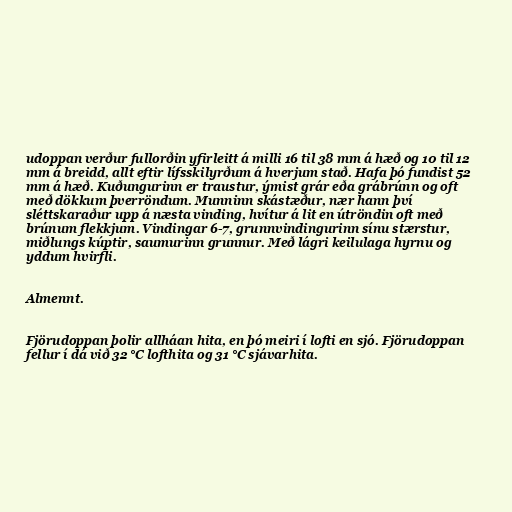
udoppan verður fullorðin yfirleitt á milli 16 til 38 mm á hæð og 10 til 12
mm á breidd, allt eftir lífsskilyrðum á hverjum stað. Hafa þó fundist 52
mm á hæð. Kuðungurinn er traustur, ýmist grár eða grábrúnn og oft
með dökkum þverröndum. Munninn skástæður, nær hann því
sléttskaraður upp á næsta vinding, hvítur á lit en útröndin oft með
brúnum flekkjum. Vindingar 6-7, grunnvindingurinn sínu stærstur,
miðlungs kúptir, saumurinn grunnur. Með lágri keilulaga hyrnu og
yddum hvirfli.

Almennt.

Fjörudoppan þolir allháan hita, en þó meiri í lofti en sjó. Fjörudoppan
fellur í dá við 32 °C lofthita og 31 °C sjávarhita.